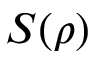
S ( \rho )